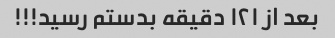
بعد از ۱۲۱ دقیقه بدستم رسید!!!